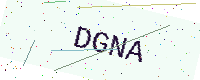
Text: DGNA